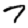
Digit: 7